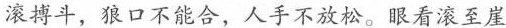
滚搏斗，狼口不能合，人手不放松。眼看滚至崖